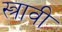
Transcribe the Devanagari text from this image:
स्त्रावी